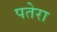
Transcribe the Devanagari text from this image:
पतेरा